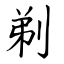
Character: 剃